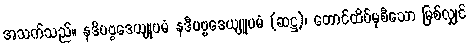
အသက်သည်။ နဒိပဗ္ဗဒေယျုပမံ နဒီပဗ္ဗဒေယျူပမံ (ဆဋ္ဌ)၊ တောင်ထိပ်မှစီသော မြစ်လျှင်